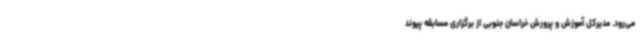
می‌رود. مدیرکل آموزش و پرورش خراسان جنوبی از برگزاری مسابقه پیوند